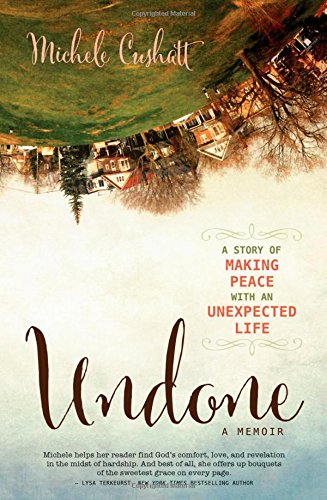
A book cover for Undone: A Story of Making Peace With an Unexpected Life; Michele Cushatt; Christian Books & Bibles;